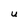
Character: U